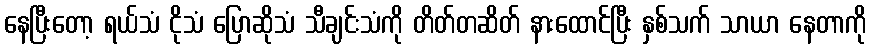
နေပြီးတော့ ရယ်သံ ငိုသံ ပြောဆိုသံ သီချင်းသံကို တိတ်တဆိတ် နားထောင်ပြီး နှစ်သက် သာယာ နေတာကို